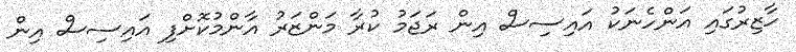
ހާޒިރުގައި އަންހެނަކު އައިސިސް އިން ރަޖަމު ކުރާ މަންޒަރު އާންމުކޮށްފި އައިސިސް އިން